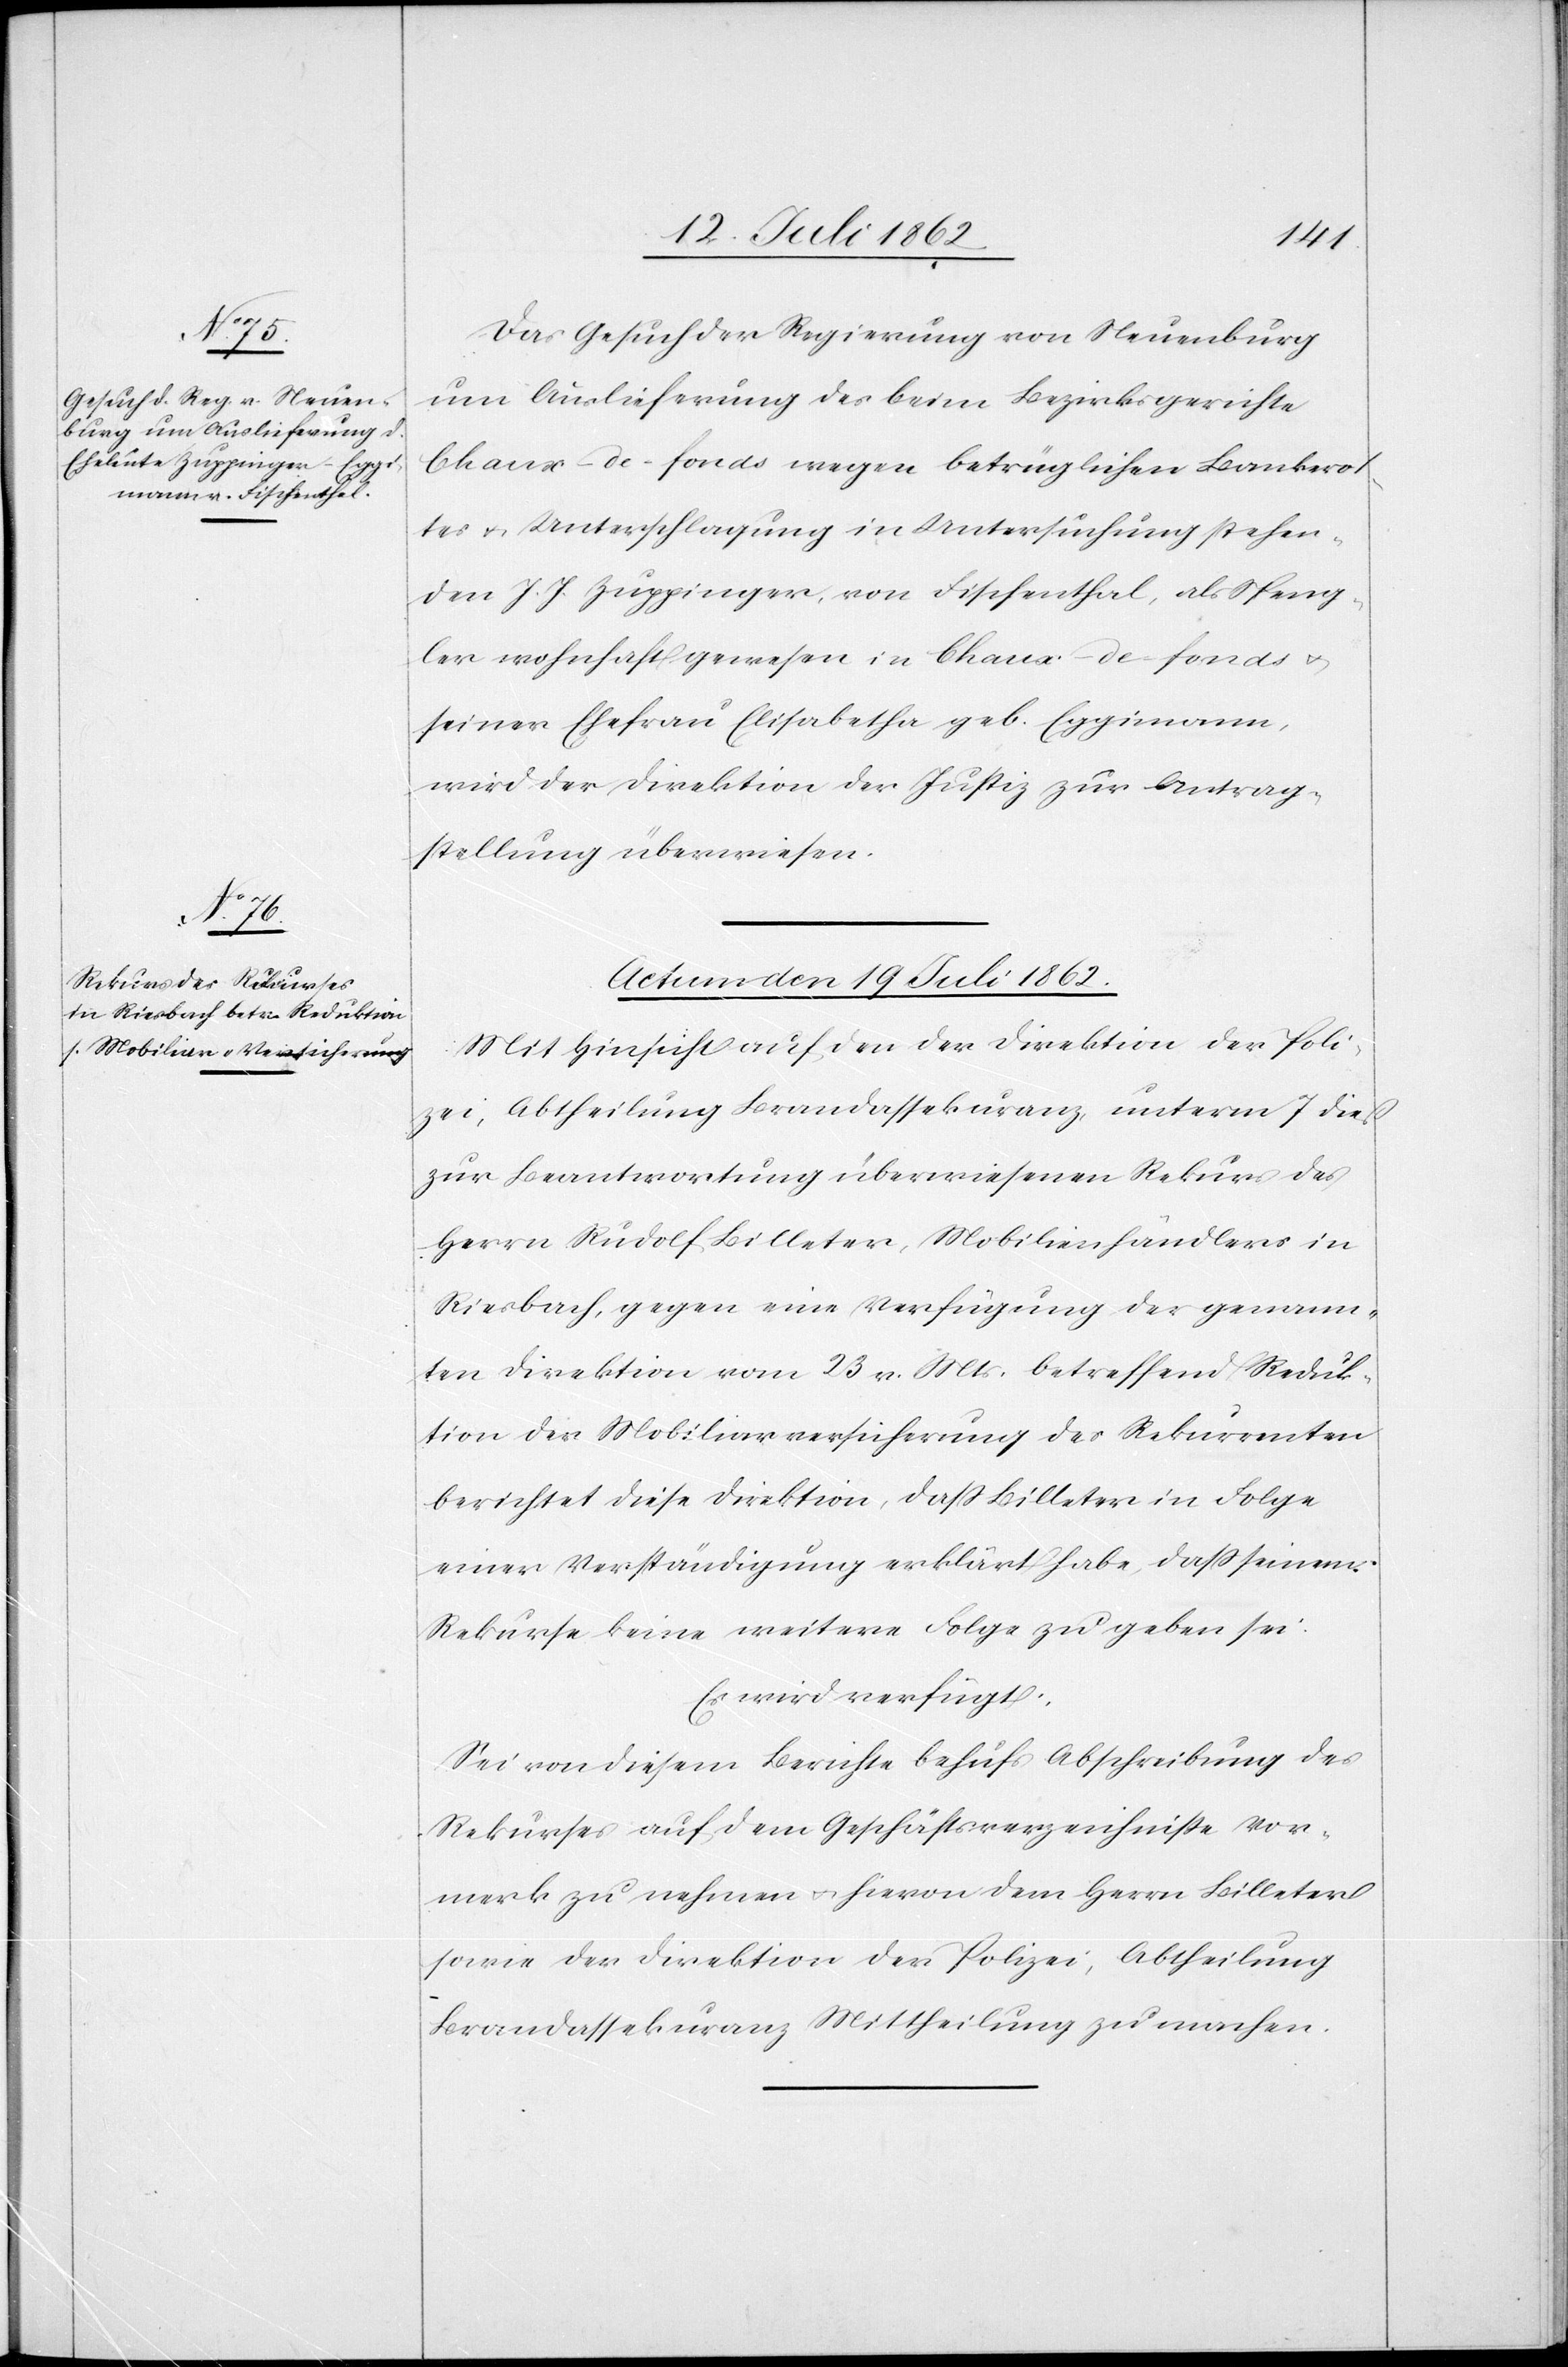
Das Gesuch der Regierung von Neuenburg
um Auslieferung des beim Bezirksgerichte
Chaux-de-fonds wegen betrüglichen Bankerot¬
tes u. Unterschlagung in Untersuchung stehen¬
den J. J. Zuppinger, von Fischenthal, als Speng¬
ler wohnhaft gewesen in Chaux-de-fonds u.
seiner Ehefrau Elisabetha geb. Eggimann,
wird der Direktion der Justiz zur Antrag¬
stellung überwiesen.
Actum den 19. Juli 1862.
Mit Hinsicht auf den der Direktion der Poli¬
zei, Abtheilung Brandassekuranz, unterm 7. dieß
zur Beantwortung überwiesenen Rekurs des
Herrn Rudolf Billeter, Mobilienhändlers in
Riesbach, gegen eine Verfügung der genann¬
ten Direktion vom 23. v. Mts. betreffend Reduk¬
tion der Mobiliarversicherung des Rekurrenten
berichtet diese Direktion, daß Billeter in Folge
einer Verständigung erklärt habe, daß seinem
Rekurse keine weitere Folge zu geben sei.
Es wird verfügt:
Sei von diesem Berichte behufs Abschreibung des
Rekurses auf dem Geschäftsverzeichnisse Vor¬
merk zu nehmen u. hievon dem Herrn Billeter
sowie der Direktion der Polizei, Abtheilung
Brandassekuranz Mittheilung zu machen.